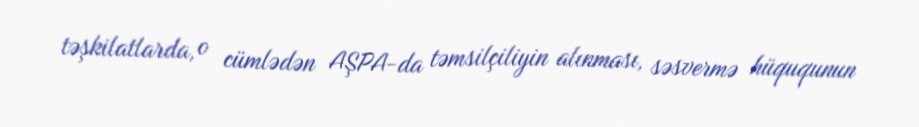
təşkilatlarda, o cümlədən AŞPA-da təmsilçiliyin alınması, səsvermə hüququnun